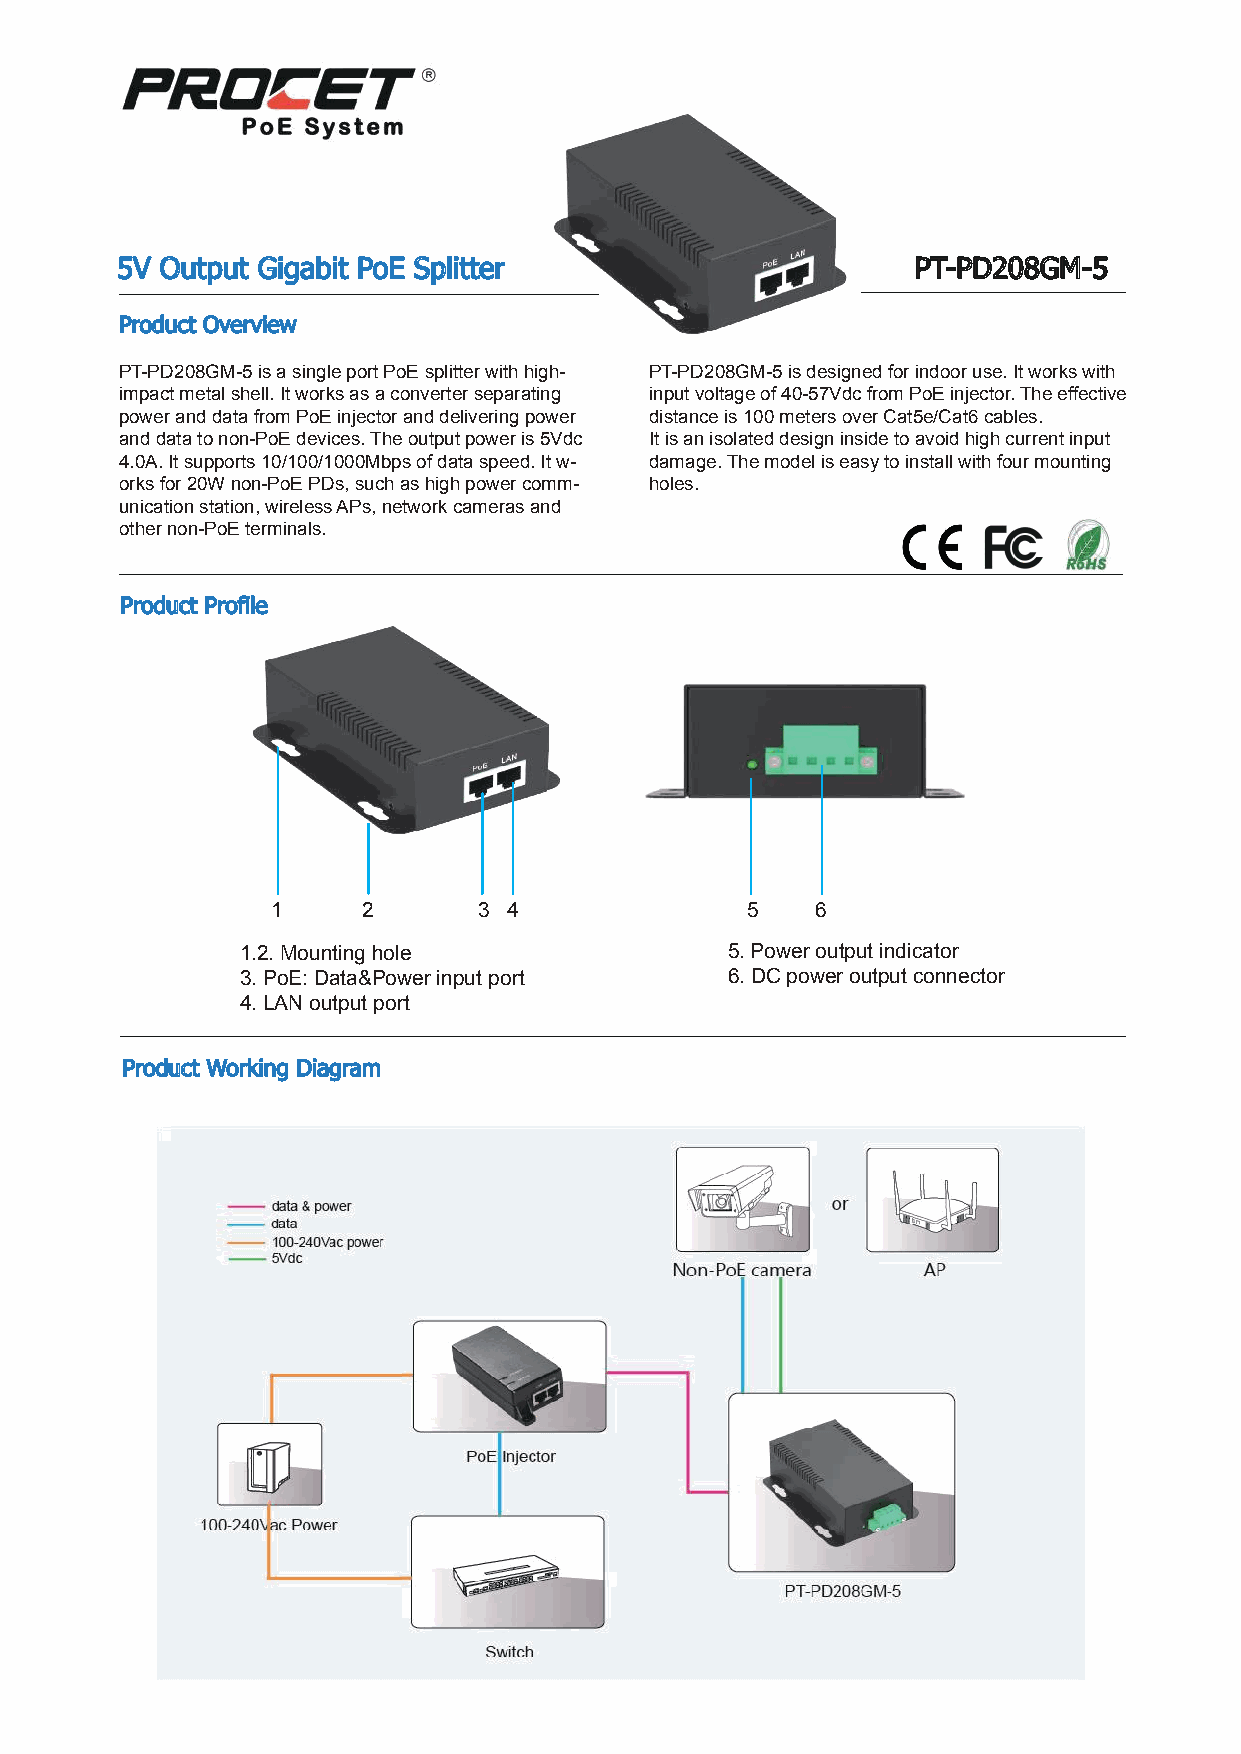
5V Output Gigabit PoE Splitter                       PT-PD208GM-5
 Product Overview
 PT-PD208GM-5 is a single port PoE splitter with high- PT-PD208GM-5 is designed for indoor use. It works with
 impact metal shell. It works as a converter separating input voltage of 40-57Vdc from PoE injector. The effective
 power and data from PoE injector and delivering power distance is 100 meters over Cat5e/Cat6 cables.
 and data to non-PoE devices. The output power is 5Vdc It is an isolated design inside to avoid high current input
 4.0A. It supports 10/100/1000Mbps of data speed. It w- damage. The model is easy to install with four mounting
 orks for 20W non-PoE PDs, such as high power comm- holes.
 unication station, wireless APs, network cameras and
 other non-PoE terminals.
 Product Profile
 1     2       3 4              5    6
 1.2. Mounting hole              5. Power output indicator
 3. PoE: Data&Power input port   6. DC power output connector
 4. LAN output port
 Product Working Diagram